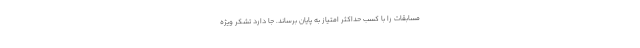
مسابقات را با کسب حداکثر امتیاز به پایان برساند. جا دارد تشکر ویژه